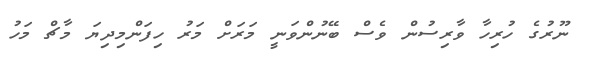
ނޫރުގެ ހުރިހާ ވާރިސުން ވެސް ބޭނުންވަނީ މަރަށް މަރު ހިފަންމިދިޔަ މާޗް މަހު